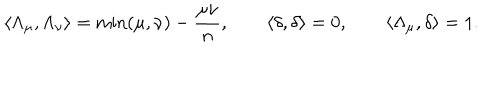
\langle \Lambda _ { \mu } , \Lambda _ { \nu } \rangle = \mathrm { m i n } ( \mu , \nu ) - \frac { \mu \nu } { n } , \qquad \langle \delta , \delta \rangle = 0 , \qquad \langle \Lambda _ { \mu } , \delta \rangle = 1 .